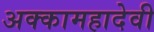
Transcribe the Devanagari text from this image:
अक्कामहादेवी